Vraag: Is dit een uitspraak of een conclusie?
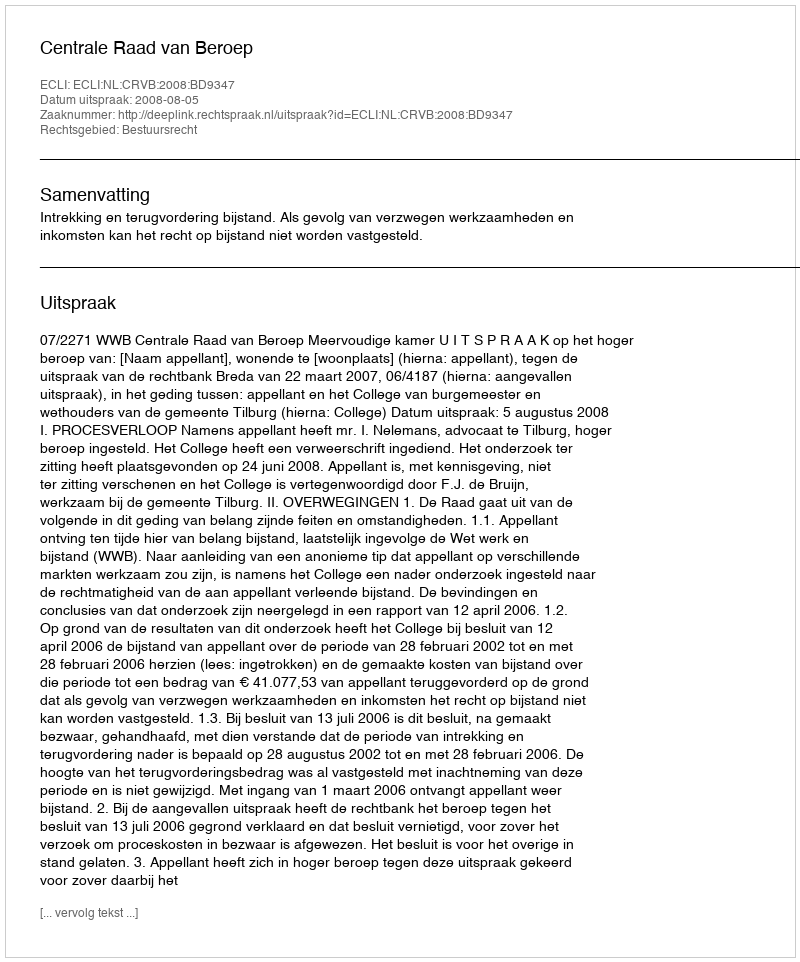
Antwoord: Uitspraak